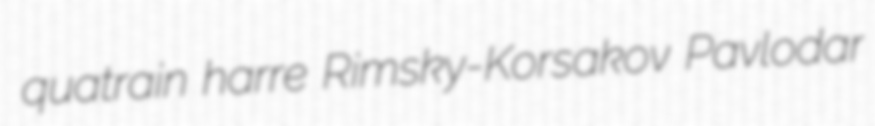
quatrain harre Rimsky-Korsakov Pavlodar